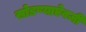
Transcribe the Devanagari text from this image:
सोडण्याऐवजी